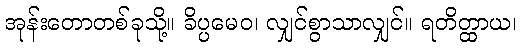
အုန်းတောတစ်ခုသို့။ ခိပ္ပမေဝ၊ လျှင်စွာသာလျှင်။ ရတိတ္ထာယ၊